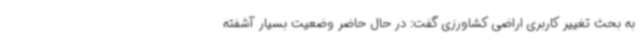
به بحث تغییر کاربری اراضی کشاورزی گفت: در حال حاضر وضعیت بسیار آشفته